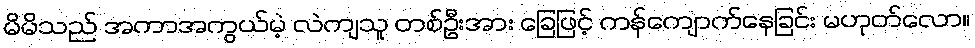
မိမိသည် အကာအကွယ်မဲ့ လဲကျသူ တစ်ဦးအား ခြေဖြင့် ကန်ကျောက်နေခြင်း မဟုတ်လော။